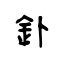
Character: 釙